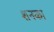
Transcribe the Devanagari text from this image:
शनका